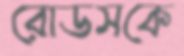
রোডসকে